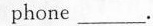
phone ___.